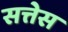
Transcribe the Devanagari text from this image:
सत्तेस